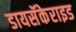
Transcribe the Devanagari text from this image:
डायसॅकेराइड